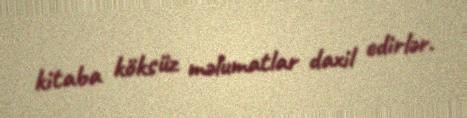
kitaba köksüz məlumatlar daxil edirlər.